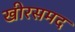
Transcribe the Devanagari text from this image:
खीरसमद